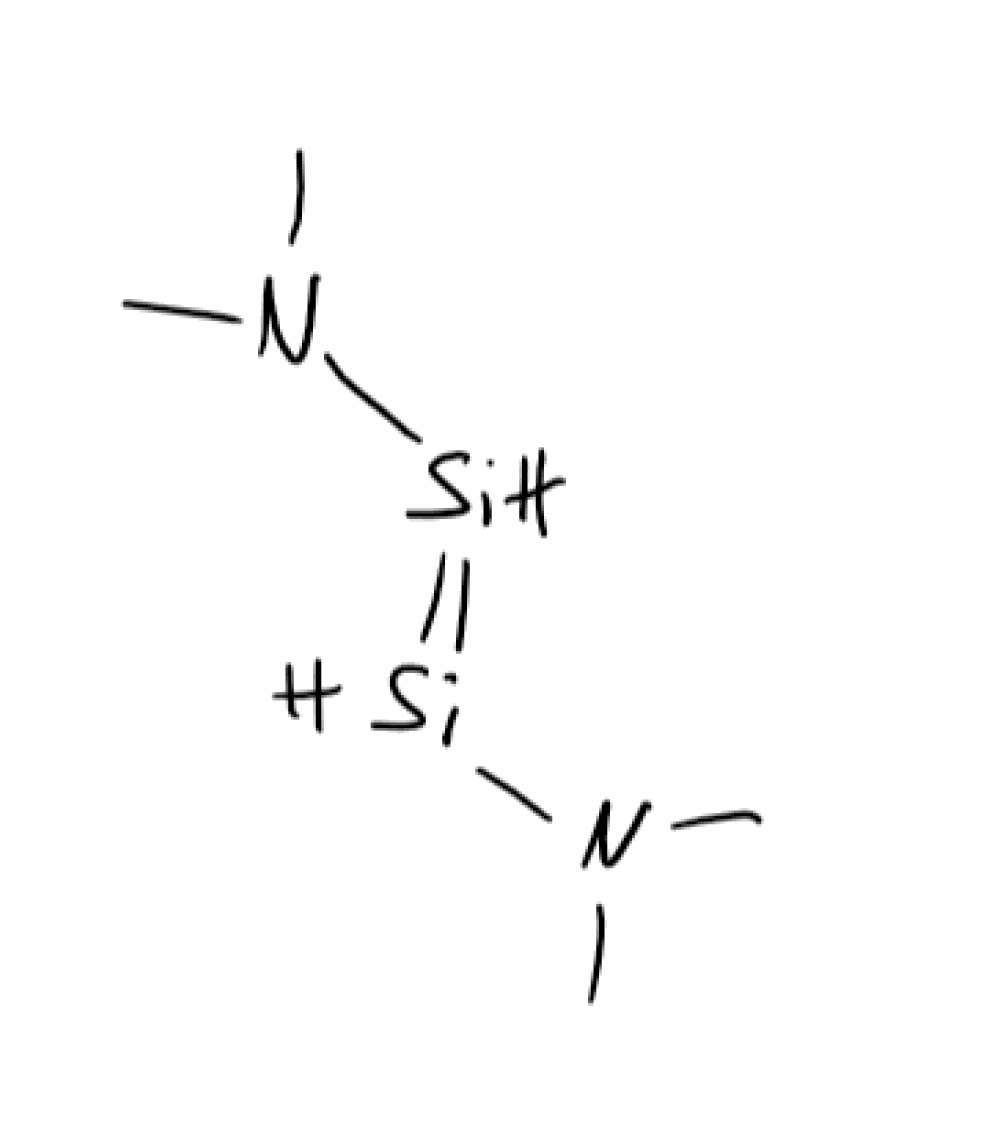
Simplified molecular-input line-entry system (SMILES) notation of the given molecule:
CN(C)/[SiH]=[SiH]/N(C)C